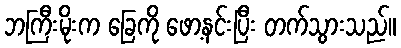
ဘကြီးမိုးက ခြေကို ဖော့နင်းပြီး တက်သွားသည်။